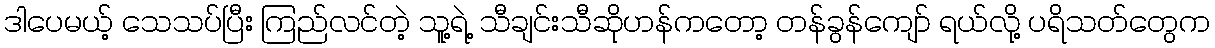
ဒါပေမယ့် သေသပ်ပြီး ကြည်လင်တဲ့ သူ့ရဲ့ သီချင်းသီဆိုဟန်ကတော့ တန်ခွန်ကျော် ရယ်လို့ ပရိသတ်တွေက